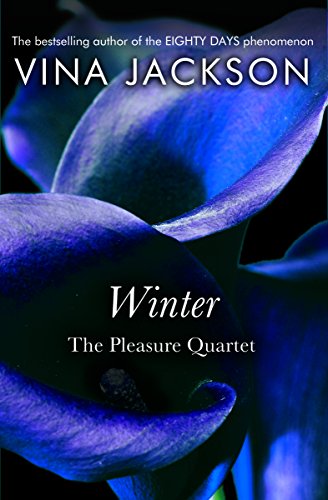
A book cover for Winter (The Pleasure Quartet); Vina Jackson; Romance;